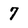
Character: 7